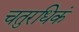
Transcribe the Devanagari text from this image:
चतुरधिकं